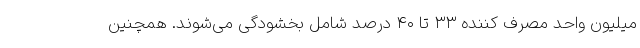
میلیون واحد مصرف کننده ۳۳ تا ۴۰ درصد شامل بخشودگی می‌شوند. همچنین